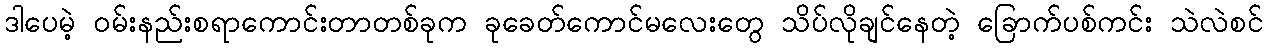
ဒါပေမဲ့ ဝမ်းနည်းစရာကောင်းတာတစ်ခုက ခုခေတ်ကောင်မလေးတွေ သိပ်လိုချင်နေတဲ့ ခြောက်ပစ်ကင်း သဲလဲစင်